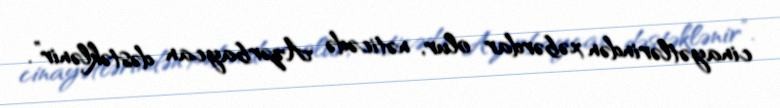
cinayətlərindən xəbərdar olur, nəticədə Azərbaycan dəstəklənir”.